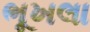
ભૂખલા